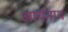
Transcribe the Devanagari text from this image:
आर्यनाथ